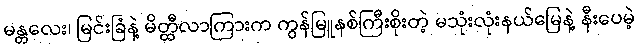
မန္တလေး၊ မြင်းခြံနဲ့ မိတ္ထီလာကြားက ကွန်မြူနစ်ကြီးစိုးတဲ့ မသုံးလုံးနယ်မြေနဲ့ နီးပေမဲ့